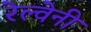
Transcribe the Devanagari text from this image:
रेल्वेनी